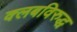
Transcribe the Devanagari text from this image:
क्लबविरुद्ध